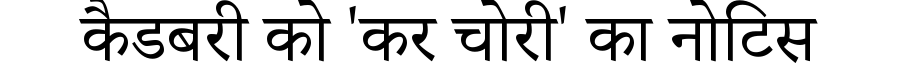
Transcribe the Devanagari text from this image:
कैडबरी को 'कर चोरी' का नोटिस